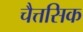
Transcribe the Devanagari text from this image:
चैत्तसिक